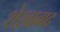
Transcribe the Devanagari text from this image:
शेख़ाबाद